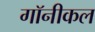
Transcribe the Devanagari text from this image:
गॉनीकल